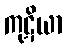
ကုဋိယာ